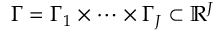
{ \Gamma } = { \Gamma } _ { 1 } \times \dots \times { \Gamma } _ { { J } } \subset \mathbb { R } ^ { J }